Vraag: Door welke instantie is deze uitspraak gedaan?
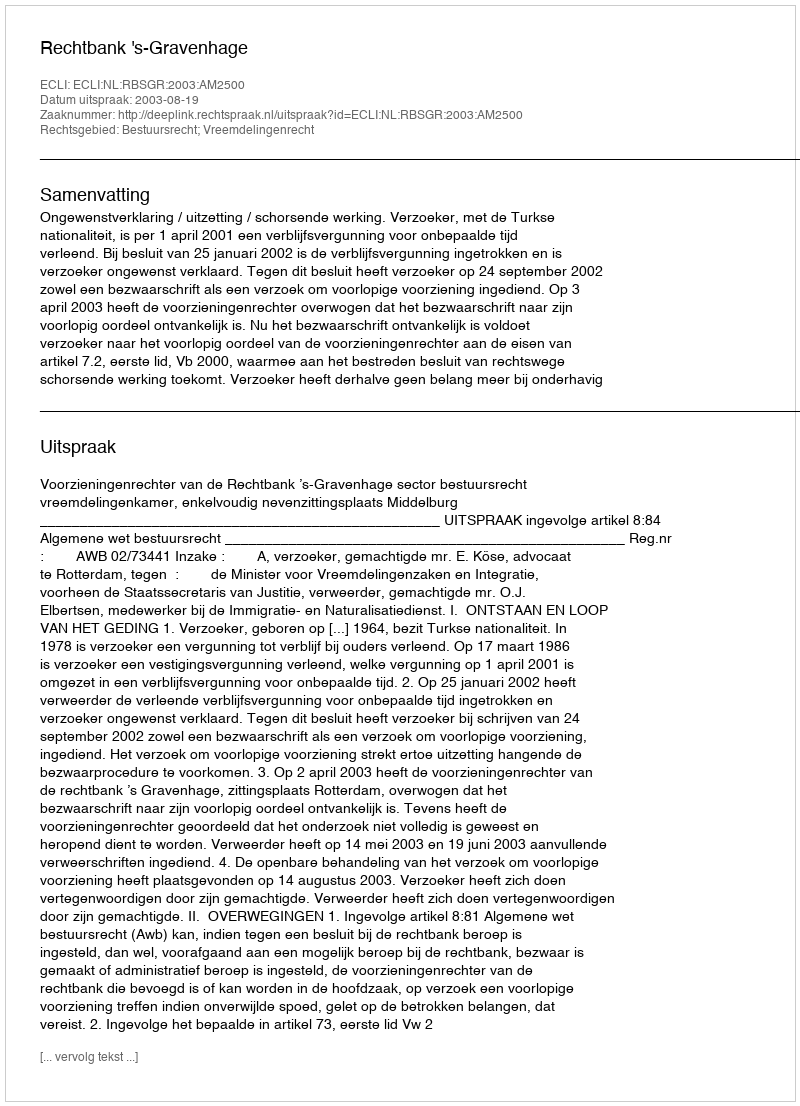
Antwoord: Rechtbank 's-Gravenhage